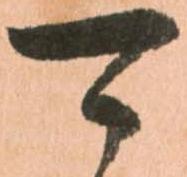
可